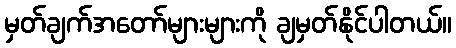
မှတ်ချက်အတော်များများကို ချမှတ်နိုင်ပါတယ်။